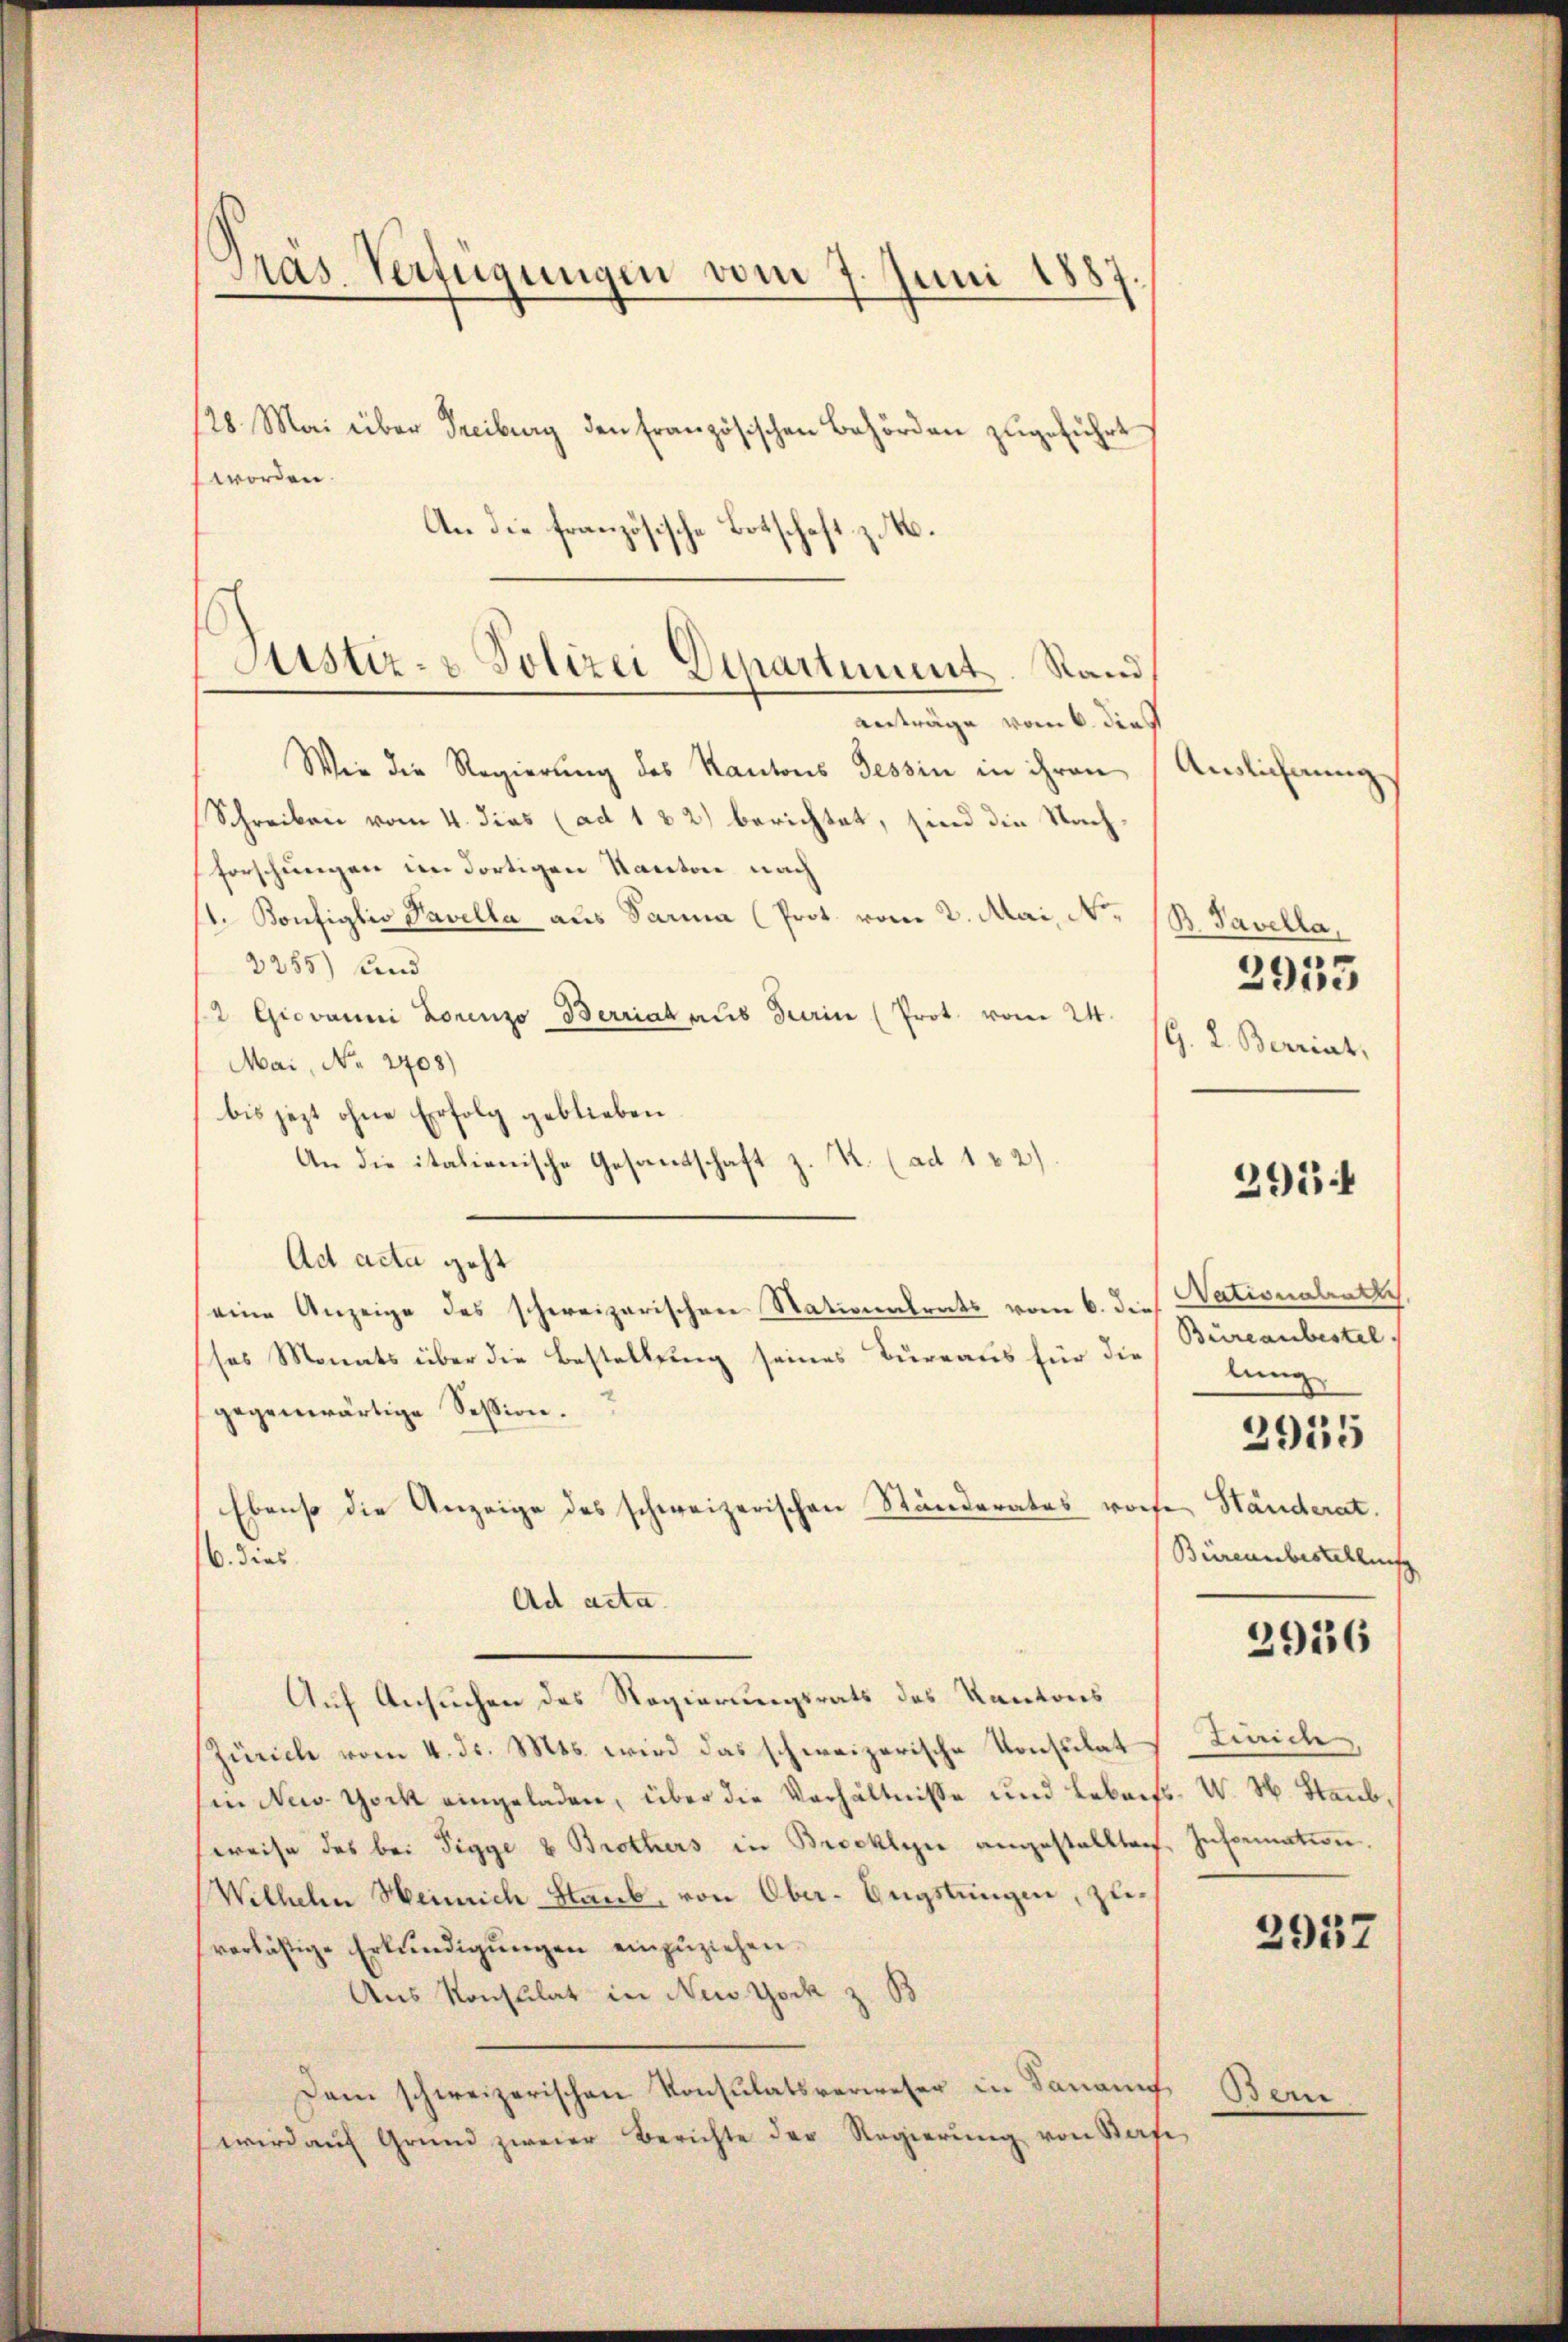
Präs. Verfügungen vom 7. Juni 1887.

128. Mai über Freiburg den französischen Behörden zugeführt
worden.
An die französische Botschaft z. B.
anträge vom 6. dies
Wie die Regierung des Kantons Tessin in ihren Auslichnung
Schreiben vom 4. dies (ad 1 32) berichtet, sind die Nachforschungen im dortigen Kanton nach
. Bonfiglio Navella aus Sara (Prot. vom 2. Mai, N.
3255) und
/2 Giovanni Lorenzo Berriat aus Turin (Prot. vom 24.
Mai, No 2408)
bis jezt ohne Erfolg geblieben.
4. (ad 1 2)
An die italienische Gesandtschaft z
Ad acta geht
eine Anzeige des schweizerischen Nationalrats vom 6. d. Nationalentl.
ses Monats über die Bestellung seines Bureaus für die
gegenwärtige Session.
Ebenso die Anzeige des schweizerischen Ständerates rohe Ständerat.
6. dies
Ad acta.
Auf Ansuchen des Regierungsrats des Kantons
Zürich vom 4. ds. Mts. wird das schweizerische Konsulat
in New York eingeladen, über die Verhältnisse und Lebaiss
weise des bei Tigge 8 Brothers in Brecklin angestallten
Wilhehen Heinrich Staub, von Ober-Engstungen, zuverlästige Erkundigŭngen einzŭziehen.
Aus Konsulat in New York z. B
Dam schweizerischen Konsulatsverweser in Sanannt,
wird auf Grund zweier Berichte der Regierung von Saf

Justiz- & Polizei Departiment. Stand

B. Tavella,
G. L. Berriat,

3953

2954

Büreaubestel
lung
Bürensbestellung

2915

Zinich
W. W. Staub
Information.

Bern

2936

2937